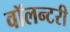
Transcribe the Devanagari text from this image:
वॉलन्टरी